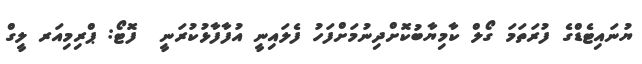
ޔުނައިޓެޑްގެ ފުރަތަމަ ގޯލް ކާމިޔާބުކޮށްދިނުމަށްފަހު ފެލައިނީ އުފާފާޅުކުރަނީ  ފޮޓޯ: ޕްރިމިއަރ ލީގް